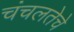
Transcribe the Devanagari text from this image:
चंचलतेचे